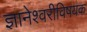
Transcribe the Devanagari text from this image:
ज्ञानेश्वरीविषयक